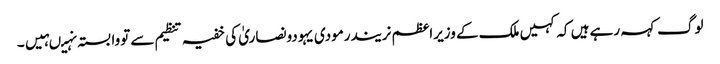
لوگ کہہ رہے ہیں کہ کہیں ملک کے وزیراعظم نریندرمودی یہودونصاریٰ کی خفیہ تنظیم سے تووابستہ نہیںہیں۔